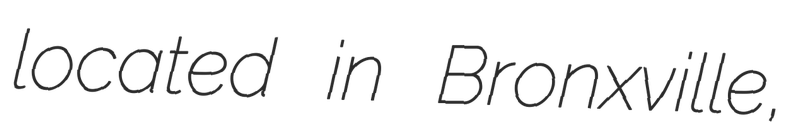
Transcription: located in Bronxville,